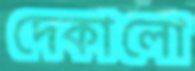
দেকালো